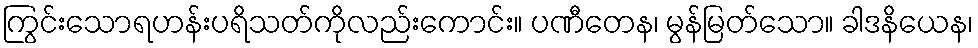
ကြွင်းသောရဟန်းပရိသတ်ကိုလည်းကောင်း။ ပဏီတေန၊ မွန်မြတ်သော။ ခါဒနိယေန၊